Report on sanitation, dispensaries, and jails in Rajputana for 1921, and on vaccination for the year 1921-1922 - 1921-1922
Year: 1921
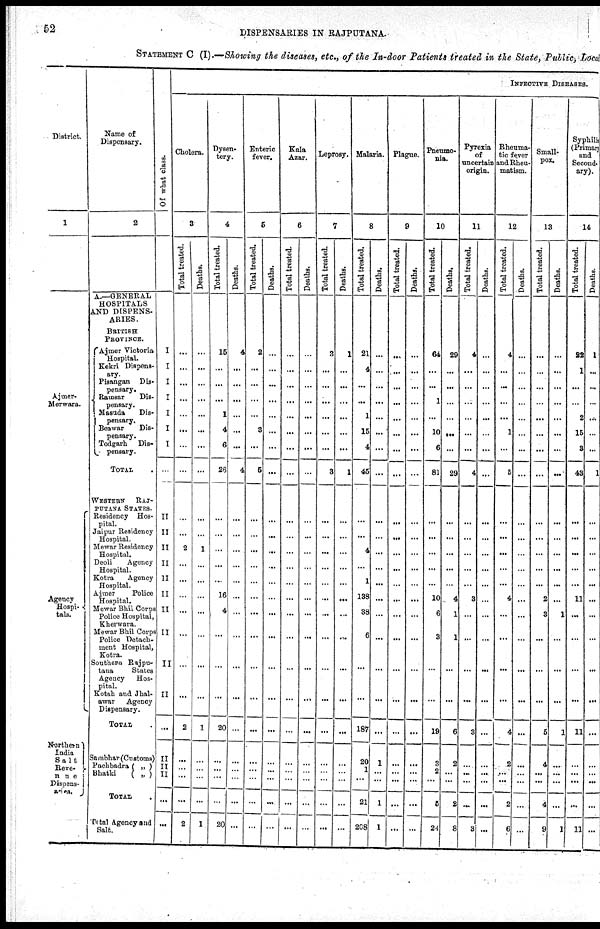
52
DISPENSARIES IN RAJPUTANA.
STATEMENT C (I).— Showing the diseases, etc., of the In-door Patients treated in the State, Public, Local
District.
1
Ajmer¬
Merwara.
Agency
Hospi¬
tals.
Northern
India
Salt
Reve¬
nue
Dispens¬
aries.
Name of
Dispensary.
2
A.—GENERAL
HOSPITALS
AND DISPENS-
ARIES.
BRITISH
PROVINCE.
Ajmer Victoria
Hospital.
Kekri Dispens¬
ary.
Pisangan Dis-
pensary.
Ramsar
Dis¬
pensary.
Masuda
Dis¬
pensary.
Beawar
Dis-
pensary.
Todgarh Dis¬
pensary.
TOTAL .
WESTERN
RAJ-
PUTANA STATES.
Residency Hos-
pital.
Jaipur Residency
Hospital.
Mewar Residency
Hospital.
Deoli
Agency
Hospital.
Kotra
Agency
Hospital.
Ajmer
Police
Hospital.
Mewar Bhil Corps
Police Hospital,
Kherwara.
Mewar Bhil Corps
Police Detach-
-ent Hospital,
Kotra.
Southern Rajpu¬
tana
States
Agency
Hos-
pital.
Kotah and Jhal¬
awar
Agency
Dispensary.
TOTAL .
Sambhar (Customs)
Pachbadra ( „ )
Bhatki
( „ )
TOTAL .
Total Agency and
Salt.
Of what class.
I
I
I
I
I
I
I
...
II
II
II
II
II
II
II
II
II
II
...
II
II
II
...
...
INFECTIVE DISEASES.
Cholera.
3
Total treated.
...
...
...
...
...
...
...
...
...
...
2
...
...
...
...
...
...
...
2
...
...
...
...
2
Deaths.
...
...
...
...
...
...
...
...
...
...
1
...
...
...
...
...
...
...
1
...
...
...
...
1
Dysen-
tery.
4
Total treated.
15
...
...
...
1
4
6
26
...
...
...
...
...
16
4
...
...
...
20
...
...
...
...
20
Deaths.
4
...
...
...
...
...
...
4
...
...
...
...
...
...
...
...
...
...
...
...
...
...
...
...
Enteric
fever.
5
Total treated.
2
...
...
...
...
3
...
5
...
...
...
...
...
...
...
...
...
...
...
...
...
...
...
...
Deaths.
...
...
...
...
...
...
...
...
...
...
...
...
...
...
...
...
...
...
...
...
...
...
...
...
Kala
Azar.
6
Total treated.
...
...
...
...
...
...
...
...
...
...
...
...
...
...
...
...
...
...
...
...
...
...
...
...
Deaths.
...
...
...
...
...
...
...
...
...
...
...
...
...
...
...
...
...
...
...
...
...
...
...
...
Leprosy.
7
Total treated.
3
...
...
...
...
...
...
3
...
...
...
...
...
...
...
...
...
...
...
...
...
...
...
...
Deaths.
1
...
...
...
...
...
...
1
...
...
...
...
...
...
...
...
...
...
...
...
...
...
...
...
Malaria.
8
Total treated.
21
4
...
...
1
15
4
45
...
...
4
...
1
138
38
6
...
...
187
20
1
...
21
208
Deaths.
...
...
...
...
...
...
...
...
...
...
...
...
...
...
...
...
...
...
...
1
...
...
1
1
Plague.
9
Total treated.
...
...
...
...
...
...
...
...
...
...
...
...
...
...
...
...
...
...
...
...
...
...
...
...
Deaths.
...
...
...
...
...
...
...
...
...
...
...
...
...
...
...
...
...
...
...
...
...
...
...
...
Pneumo-
nia.
10
Total treated.
64
...
...
1
...
10
6
81
...
...
...
...
...
10
6
3
...
...
19
3
2
...
5
24
Deaths.
29
...
...
...
...
...
...
29
...
...
...
...
...
4
1
1
...
...
6
2
...
...
2
8
Pyrexia
of
uncertain
origin.
11
Total treated.
4
...
...
...
...
...
...
4
...
...
...
...
...
3
...
...
...
...
3
...
...
...
...
3
Deaths.
...
...
...
...
...
...
...
...
...
...
...
...
...
...
...
...
...
...
...
...
...
...
...
...
Rheuma-
tic fever
and Rheu-
matism.
12
Total treated.
4
...
...
...
...
1
...
5
...
...
...
...
...
4
...
...
...
...
4
2
...
...
2
6
Deaths.
...
...
...
...
...
...
...
...
...
...
...
...
...
...
...
...
...
...
...
...
...
...
...
...
Small-
pox.
13
Total treated.
...
...
...
...
...
...
...
...
...
...
...
...
...
2
3
...
...
...
5
4
...
...
4
9
Deaths.
...
...
...
...
...
...
...
...
...
...
...
...
...
...
1
...
...
...
1
...
...
...
...
1
Syphilis
(Primary
and
Second¬
ary).
14
Total treated.
22
1
...
...
2
15
3
43
...
...
...
...
...
11
...
...
...
...
1 1
...
...
...
...
11
Deaths.
1
...
...
...
...
...
...
1
...
...
...
...
...
...
...
...
...
...
...
...
...
...
...
...